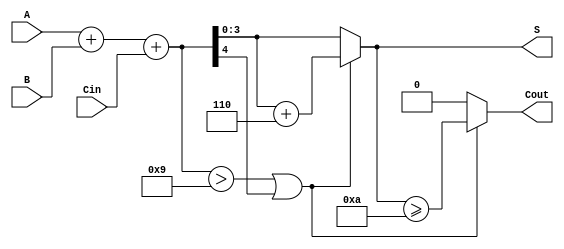
module BCD_Conditional_Adder (
    input  [3:0] A,      // First BCD digit
    input  [3:0] B,      // Second BCD digit
    input        Cin,     // Carry input
    output [3:0] S,      // BCD sum output
    output       Cout     // Carry output
);

    wire [4:0] sum;      // 5-bit sum to accommodate carry
    wire correction;      // Correction flag

    // Step 1: Perform binary addition
    assign sum = A + B + Cin;

    // Step 2: Determine if correction is needed
    assign correction = (sum > 9) || (sum[4]); // Check if sum exceeds 9 or if there's a carry

    // Step 3: Calculate the corrected sum
    assign S = correction ? (sum + 5'd6) : sum; // Add 6 if correction is needed

    // Step 4: Determine the carry out
    assign Cout = correction ? (S >= 10) : 1'b0; // Set Cout if S is 10 or more after correction

endmodule